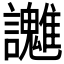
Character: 𧮓